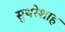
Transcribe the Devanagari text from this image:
सुथरेशाह